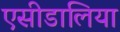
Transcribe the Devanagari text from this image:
एसीडालिया